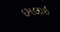
દમલાઇ